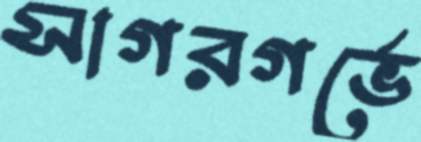
সাগরগর্ভে